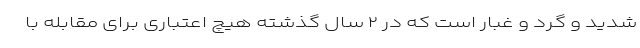
شدید و گرد و غبار است که در ۲ سال گذشته هیچ اعتباری برای مقابله با